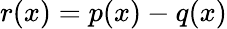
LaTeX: r(x)=p(x)-q(x)